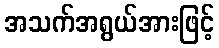
အသက်အရွယ်အားဖြင့်